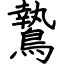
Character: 鷙